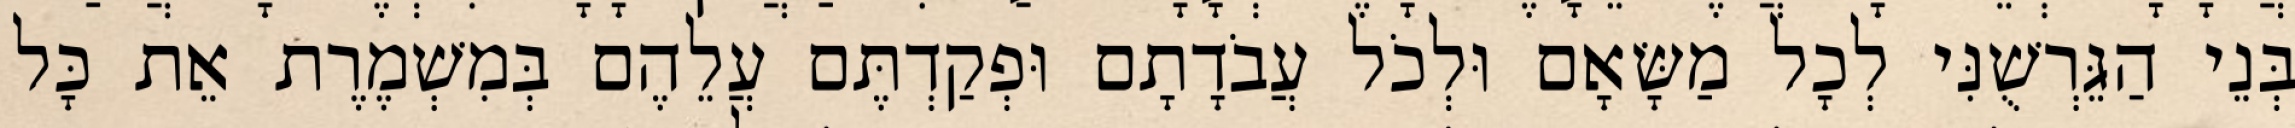
בְּנֵי הַגֵּרְשֻׁנִּי לְכָל מַשָּׂאָם וּלְכֹל עֲבֹדָתָם וּפְקַדְתֶּם עֲלֵהֶם בְּמִשְׁמֶרֶת אֵת כָּל